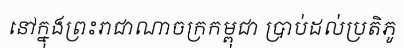
នៅក្នុងព្រះរាជាណាចក្រកម្ពុជា ប្រាប់ដល់ប្រតិភូ